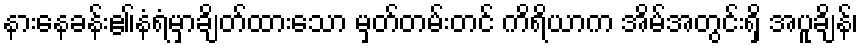
နားနေခန်းဧ။်နံရံမှာချိတ်ထားသော မှတ်တမ်းတင် ကိရိယာက အိမ်အတွင်းရှိ အပူချိန်၊